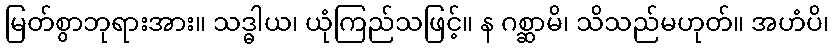
မြတ်စွာဘုရားအား။ သဒ္ဓါယ၊ ယုံကြည်သဖြင့်။ န ဂစ္ဆာမိ၊ သိသည်မဟုတ်။ အဟံပိ၊